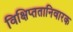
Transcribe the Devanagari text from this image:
विक्षिप्ततानिवारक